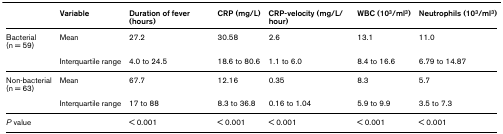
<table><thead><tr><td></td><td><b>Variable</b></td><td><b>Duration of fever (hours)</b></td><td><b>CRP (mg/L)</b></td><td><b>CRP-velocity (mg/L/hour)</b></td><td><b>WBC (10<sup>3</sup>/ml<sup>3</sup>)</b></td><td><b>Neutrophils (10<sup>3</sup>/ml<sup>3</sup>)</b></td></tr></thead><tbody><tr><td>Bacterial(n = 59)</td><td>Mean</td><td>27.2</td><td>30.58</td><td>2.6</td><td>13.1</td><td>11.0</td></tr><tr><td></td><td>Interquartile range</td><td>4.0 to 24.5</td><td>18.6 to 80.6</td><td>1.1 to 6.0</td><td>8.4 to 16.6</td><td>6.79 to 14.87</td></tr><tr><td>Non-bacterial(n = 63)</td><td>Mean</td><td>67.7</td><td>12.16</td><td>0.35</td><td>8.3</td><td>5.7</td></tr><tr><td></td><td>Interquartile range</td><td>17 to 88</td><td>8.3 to 36.8</td><td>0.16 to 1.04</td><td>5.9 to 9.9</td><td>3.5 to 7.3</td></tr><tr><td><i>P </i>value</td><td></td><td>&lt; 0.001</td><td>&lt; 0.001</td><td>&lt; 0.001</td><td>&lt; 0.001</td><td>&lt; 0.001</td></tr></tbody></table>